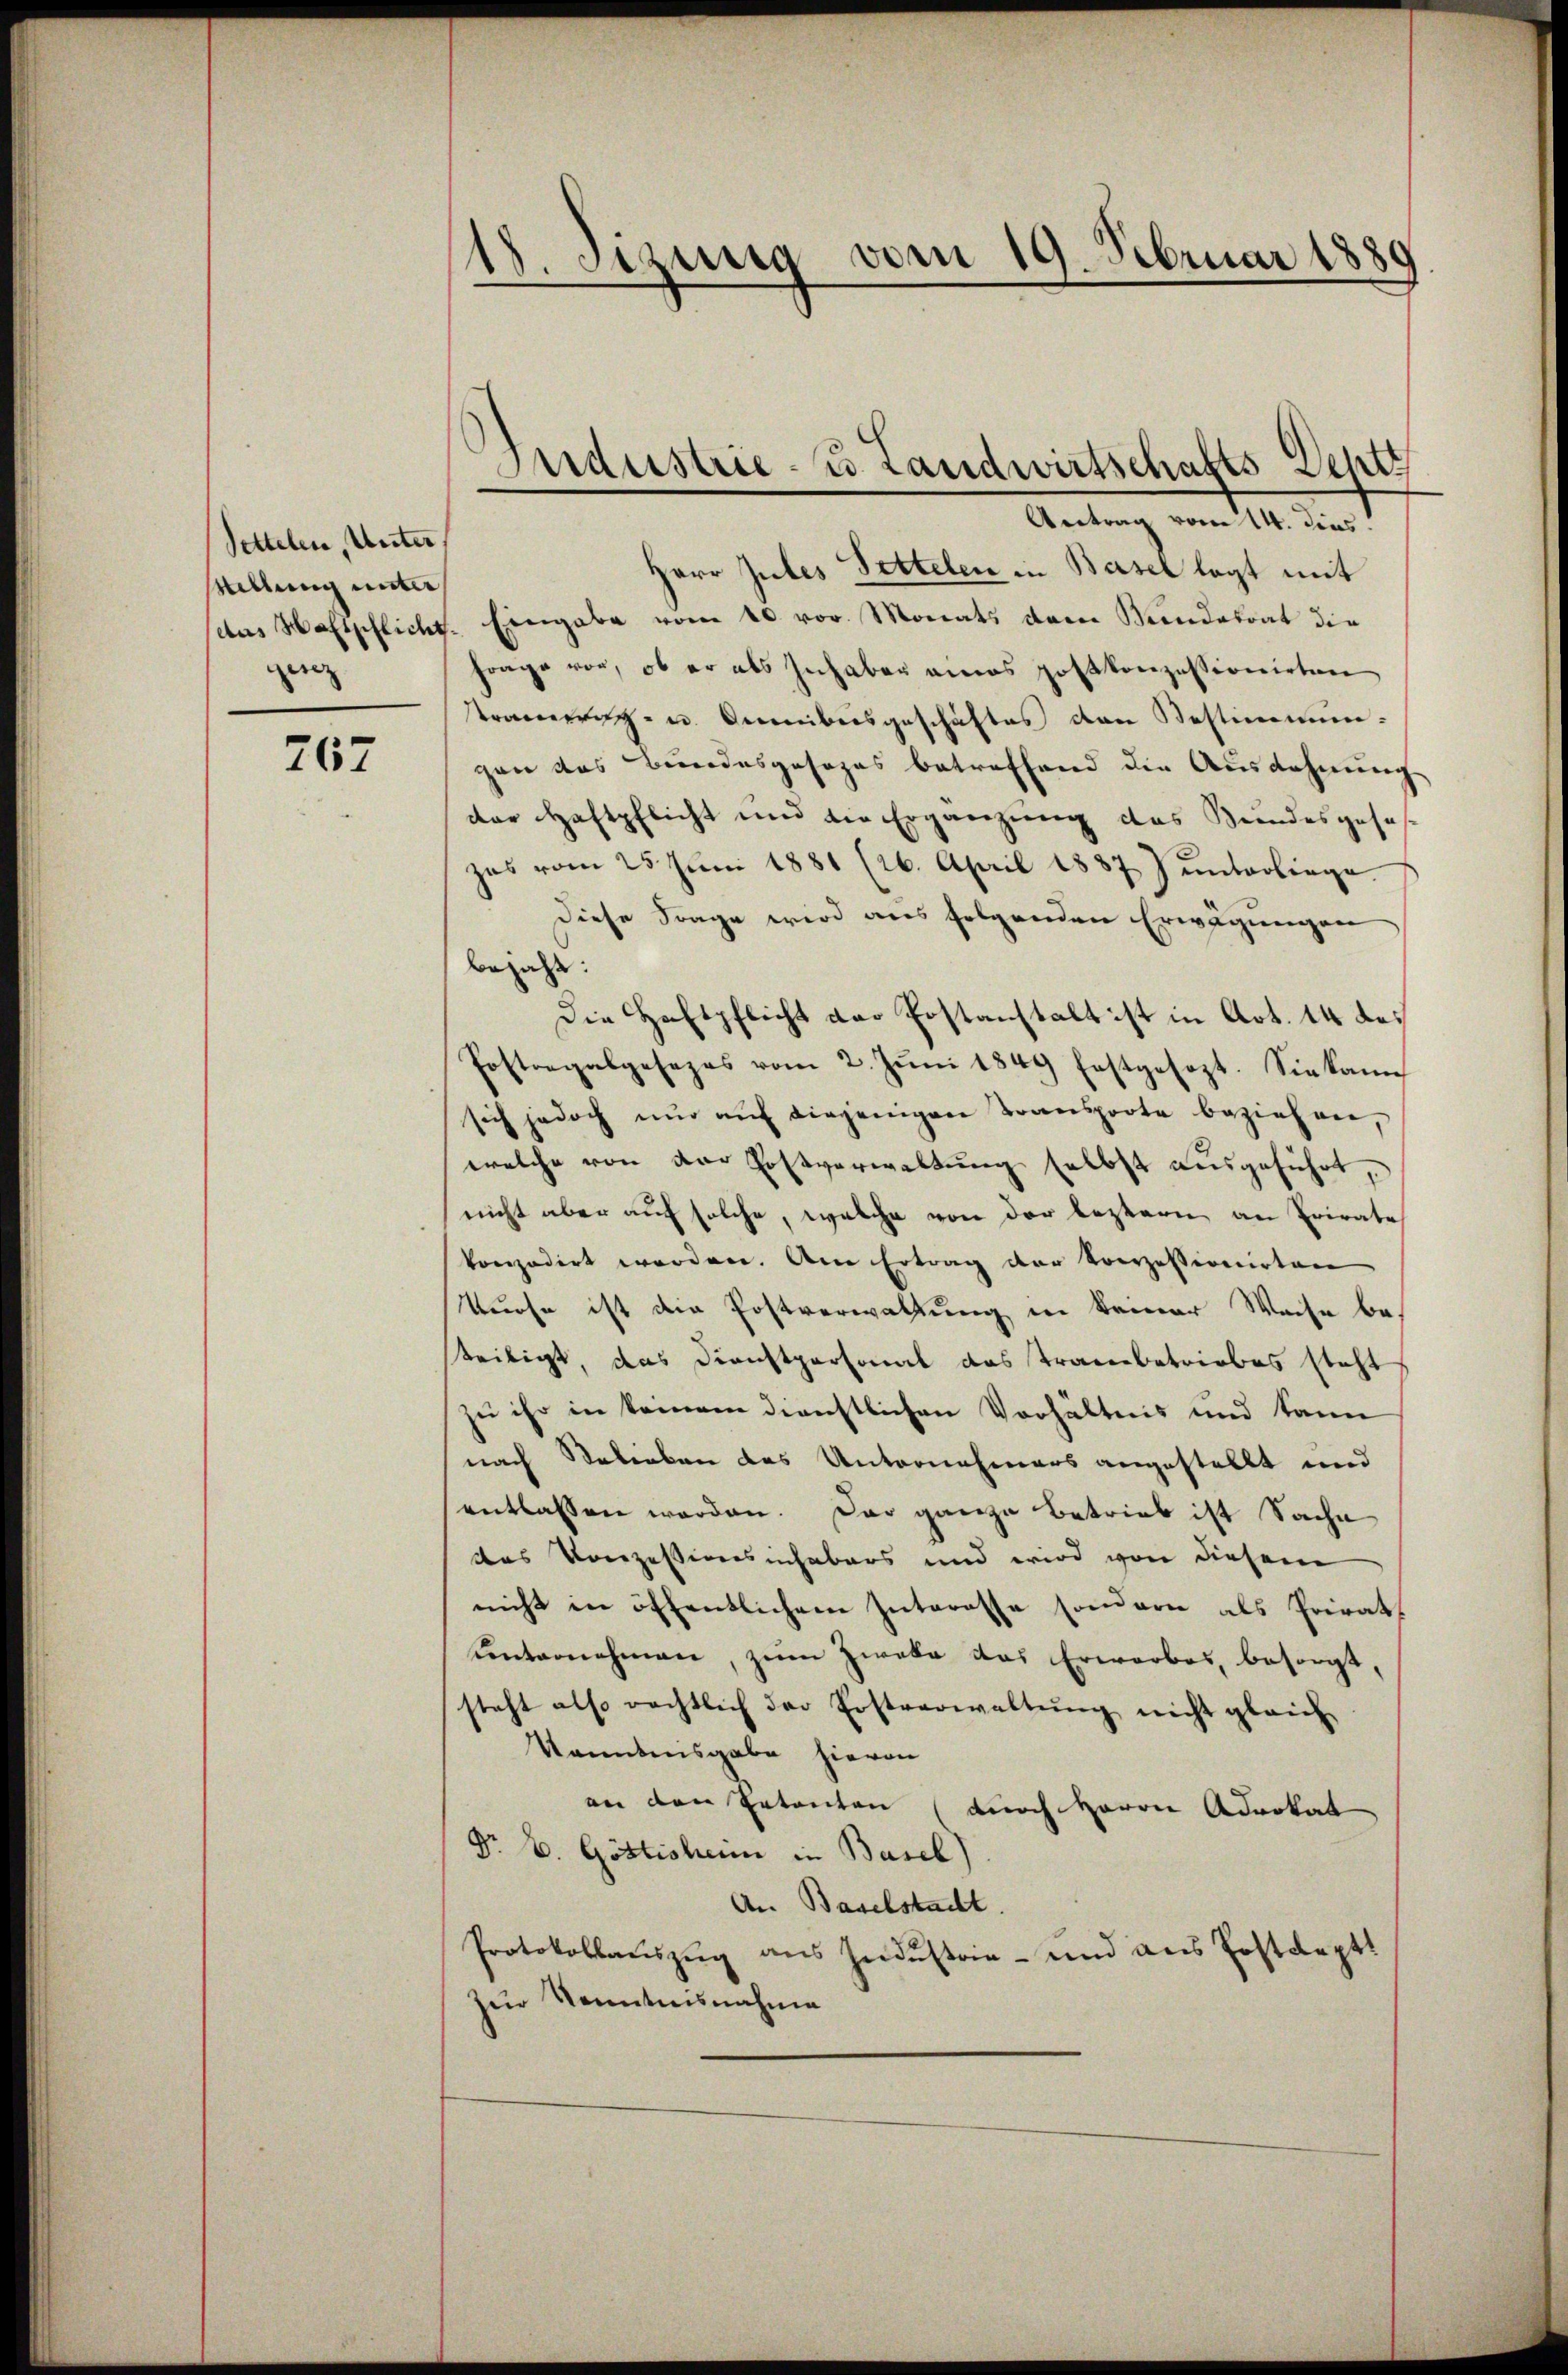
Settelen, Unter,
stellung unter
zer

767

Herr Jubes Fettelen in Basel legt mit
das Haftpflicht. Eingabe vom 10. vor. Monats dem Bundesrat die
frage vor, ob er als Inhaber eines postkonzessionirten
tramerich- u. Beibesgeschäftes den Bestimmungan das Bundesgesezes betreffend die Ausdehnung
der Haftpflicht und die Ergänzung des Keindesgeses
zes vom 25. Jŭni 1881 (26. April 1887 J ŭnterliege
Diese Frage wird aus folgenden Erwägungen
bejaht:
Die Haftpflicht der Postanstalt ist in Art. 14 de¬
Postregalgesezes vom 2. Jŭni 1849 festgesezt. Sie kann
sich jedoch nŭr aŭf diejenigen Transporte beziehen,
welche von der Postverwaltung selbst ausgeführt,
nicht aber auf solche, welche von der leztern an Erirate
konzedirt worden. Am Ertrag der Konzessionirten
Kurse ist die Postverwaltung in keiner Weise be-
teiligt, das Dienstpersonal das Traubetriebes steht
zu ihr in keinem dienstlichen Verhältnis und kann
nach Belieben des Unternehmers angestellt und
entlassen werden. Das ganze Betrieb ist Sache
das Konzessionsinhabers und wird von diesem
nicht in öffentlichem Interesse sondern als Privat
unternehmen, zum Zweke das Erwarbes, besorgt,
steht also rechtlich der Erstverwaltŭng nicht gleich
Kenntnisgabe hievon
an den Petenten (durch Herrn Advokal
Dr E. Göttisheim in Basel)
An Baselstacht.
Protokollauszug aus Industrie- und aus Postdept
Zur Kenntnisnahme

18. Sitzung vom 19. Februar 1880

Industrie- u. Landwirtschafts Dehtt
Antrag vom 14. dies